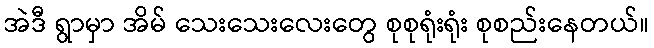
အဲဒီ ရွာမှာ အိမ် သေးသေးလေးတွေ စုစုရုံးရုံး စုစည်းနေတယ်။